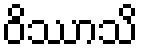
ဝိဿာသိ